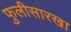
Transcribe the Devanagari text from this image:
फुलीसारखा